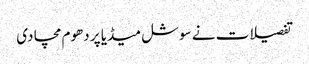
تفصیلات نے سوشل میڈیا پر دھوم مچا دی